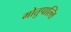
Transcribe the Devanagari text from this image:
मोतुपाल्लि